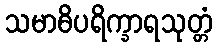
သမာဓိပရိက္ခာရသုတ္တံ